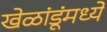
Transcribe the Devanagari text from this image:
खेळांडूंमध्ये